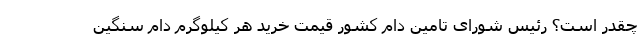
چقدر است؟ رئیس شورای تامین دام کشور قیمت خرید هر کیلوگرم دام سنگین